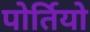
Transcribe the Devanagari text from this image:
पोर्तियो